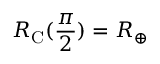
R _ { \mathrm { C } } ( \frac { \pi } { 2 } ) = R _ { \oplus }